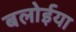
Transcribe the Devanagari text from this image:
बलोईया